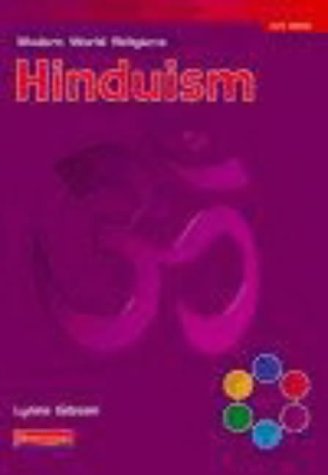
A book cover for Modern World Religions: Hinduism - Evaluation Pack; Children's Books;